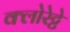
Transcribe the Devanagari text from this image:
क्‍लोरेट्टे